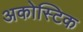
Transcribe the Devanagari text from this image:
अकोस्टिक